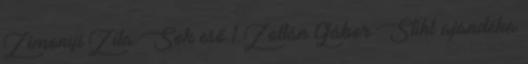
Zimonyi Zita Sok eső 1 Zoltán Gábor Stihl ajándéka